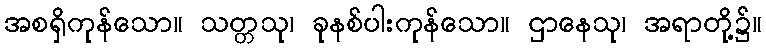
အစရှိကုန်သော။ သတ္တသု၊ ခုနစ်ပါးကုန်သော။ ဌာနေသု၊ အရာတို့၌။